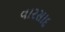
વારસાદ